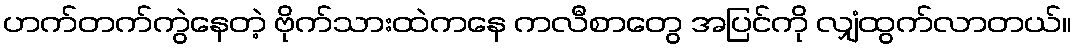
ဟက်တက်ကွဲနေတဲ့ ဗိုက်သားထဲကနေ ကလီစာတွေ အပြင်ကို လျှံထွက်လာတယ်။